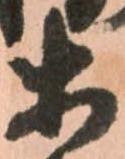
等